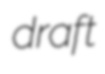
draft